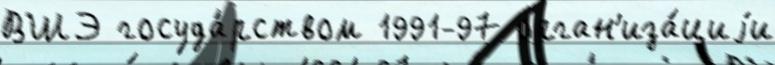
ВШЭ госуда́рством 1991-97 орган'иза́циjи